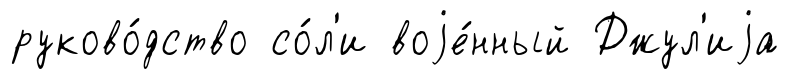
руково́дство со́л'и воjе́нный Джул'иjа